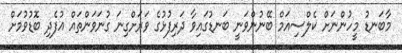
މާބަނޑު މީހުންނަށް ކެލްސިއަމް ބޭނުންވަނީ ބަނޑުގައިވާ ދަރިފުޅުގެ ވަރަށްގިނަ ގުނަވަންތައް އުފެދި ބޮޑުވުމަށް